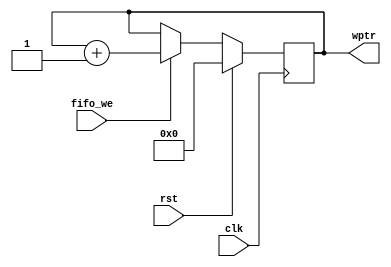
module Write_Pointer

#(
	parameter ADDR_WIDTH = 16
)
(
	input clk,
	input rst,
	input fifo_we,
	output reg [ADDR_WIDTH:0] wptr
);

	always @(posedge clk)
	begin
		if (rst) begin
			wptr <= 17'b0;
		end
		else if (fifo_we) begin
			wptr <= wptr + 17'd1;
		end	
		else begin
			wptr <= wptr;
		end
	end
endmodule